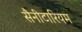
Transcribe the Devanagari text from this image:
सैनीटारियम